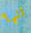
انها